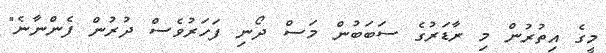
މީގެ އިތުރުން މި ރާޑަރުގެ ސަބަބުން މަސް ދޯނި ފަހަރުވެސް ދުރުން ފެންނާނެ"